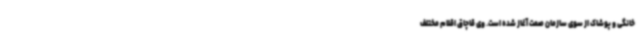
خانگی و پوشاک از سوی سازمان صمت آغاز شده است. وی قاچاق اقلام مختلف